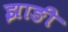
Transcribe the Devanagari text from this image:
झाङी